Lunatic asylums in Bengal annual reports 1899-1911 - 1899-1911
Year: 1899
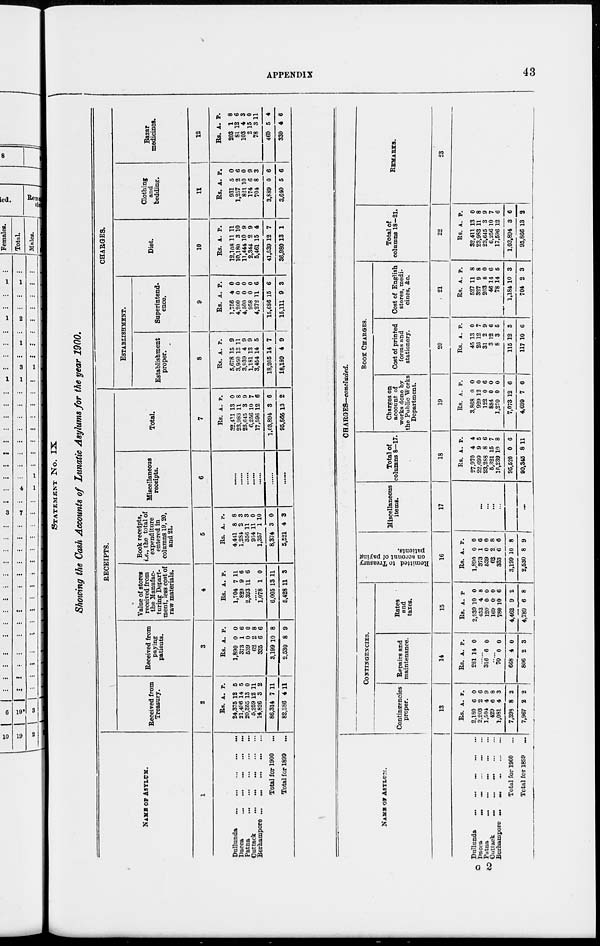
APPENDIX
43
STATEMENT No. IX
Showing the Cash Accounts of Lunatic Asylums for the year 1900.
NAME OF ASYLUM.
1
Dullunda ... ... ... ... ...
Dacca
...
...
...
...
...
Patna ... ... ... ... ...
Cuttack
...
...
...
...
...
Berhampore ...
...
...
...
...
Total for 1900 ...
Total for 1899 ...
RECEIPTS.
Received from
Treasury.
2
Rs.
24,375
21,496
20,355
5,259
14,826
86,314
82,386
A.
12
14
13
12
3
7
4
P.
5
5
0
11
2
11
11
Received from
paying
patients.
3
Rs.
1,890
373
539
62
335
3,199
2,530
A.
0
1
0
2
6
10
8
P.
0
6
0
8
6
8
9
Value of stores
received from
the Manufac-
turing Depart-
ment, legs cost of
raw materials.
4
Rs.
1,704
829
2,393
A.
7
9
11
P.
11
6
6
......
1.078
6,005
5,428
1
13
11
0
11
3
Book receipts,
i.e., the total of
expenditure
entered in
columns 19, 20,
and 21.
5
Rs.
4,441
1,284
356
934
1,357
8,374
5,521
A.
8
2
11
11
1
3
4
P.
8
3
3
0
10
0
3
Miscellaneous
receipts.
6
......
......
......
......
......
......
......
Total
7
Rs.
32,411
23,983
23,645
6,256
17,596
1,03,894
95,866
A.
13
11
3
10
12
3
13
P.
0
8
9
7
6
6
2
CHARGES.
ESTABLISHMENT.
Establishment
proper.
8
Rs.
5,678
3,950
3,939
1,181
3,454
18,205
18,189
A.
15
13
4
13
14
14
4
P.
9
11
9
9
5
7
9
Superintend-
ence.
9
Rs.
1,756
4,200
4,500
958
4,272
15,686
15,111
A.
4
0
0
0
11
15
9
P.
0
0
0
0
6
6
3
Diet.
10
Rs.
12,108
10,180
11,444
2,344
5,461
41,539
36,980
A.
11
3
10
2
15
12
13
P.
11
10
9
9
4
7
1
Clothing
and
bedding.
11
Rs.
931
1,257
821
174
704
3,889
3,640
A.
5
2
10
6
8
0
5
P.
0
6
0
9
3
6
6
Bazar
medicines.
12
Rs.
203
81
103
2
78
469
330
A.
1
12
4
15
3
5
4
P.
8
6
3
0
11
4
6
NAME OF ASYLUM.
Dnllunda
...
...
...
...
...
Dacca
...
...
...
...
...
Patna
...
...
...
...
...
Cuttack
...
...
...
... ...
Berhampore ...
...
...
...
...
Total for 1900 ...
Total for 1899 ...
CHARGES—concluded.
COSTINGENCIES.
Contingencies
proper.
13
Rs.
2,180
2,203
1,504
429
1,081
7,898
7,967
A.
6
2
4
6
4
8
2
P.
0
6
9
8
3
2
2
Repairs and
maintenance.
14
Rs.
281
A.
14
P.
0
......
316 6 0
......
70
668
806
0
4
2
0
0
3
Rates
and
taxes.
15
Rs.
2,939
453
120
169
780
4,462
4,789
A.
10
4
0
0
10
9
6
P
0
8
0
0
6
2
8
Remitted to Treasury
on account of paying
patients.
16
Rs.
1,890
373
539
62
335
3,199
2,530
A.
0
1
0
2
6
10
8
P.
0
6
0
8
6
8
9
Miscellaneous
items.
17
...
...
...
...
...
...
...
Total of
columns 8—17.
18
Rs.
27,970
22,699
23,288
6,321
16,239
95,520
90,345
A.
4
9
8
15
10
0
8
P.
4
5
6
7
8
6
11
BOOK CHARGES.
Charges on
account of
works done by
the Public Works
Department.
19
Rs.
3,868
929
122
884
1,270
7,073
4,699
A.
0
12
0
0
0
12
7
P.
0
0
6
0
0
6
6
Cost of printed
forms and
stationery.
20
Rs.
45
26
31
3
8
115
117
A.
13
12
2
12
3
12
10
P.
0
7
9
6
6
3
6
Cost of English
stores, medi-
cines, &c.
21
Rs.
527
327
203
46
78
1,184
704
A.
11
9
8
14
14
10
2
P.
8
8
0
6
5
3
3
Total of
columns 18—21.
22
Rs.
32,411
23,983
23,645
6,256
17,596
1,03,894
95,866
A.
13
11
3
10
12
3
13
P.
0
8
9
7
6
6
2
REMARKS.
23
G 2